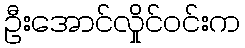
ဦးအောင်လှိုင်ဝင်းက